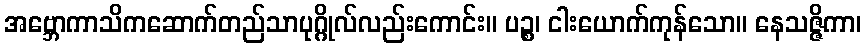
အဗ္ဘောကာသိကဆောက်တည်သာပုဂ္ဂိုလ်လည်းကောင်း။ ပဉ္စ၊ ငါးယောက်ကုန်သော။ နေသဇ္ဇိကာ၊